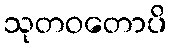
သုတဝတောပိ